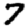
Digit: 7